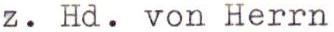
z. Hd. von Herrn